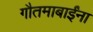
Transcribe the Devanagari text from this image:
गौतमाबाईंना